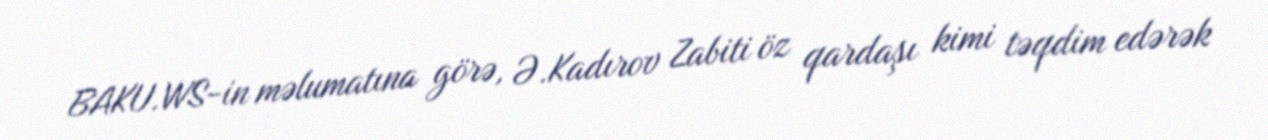
BAKU.WS-in məlumatına görə, Ə.Kadırov Zabiti öz qardaşı kimi təqdim edərək